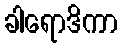
ခါရောဒိကာ